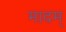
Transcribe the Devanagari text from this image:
मादम्